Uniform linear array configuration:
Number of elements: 64
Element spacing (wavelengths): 0.75
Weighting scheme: kaiser
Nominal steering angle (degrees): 0
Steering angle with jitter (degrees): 0.05527
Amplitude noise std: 0.05
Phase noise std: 0.05

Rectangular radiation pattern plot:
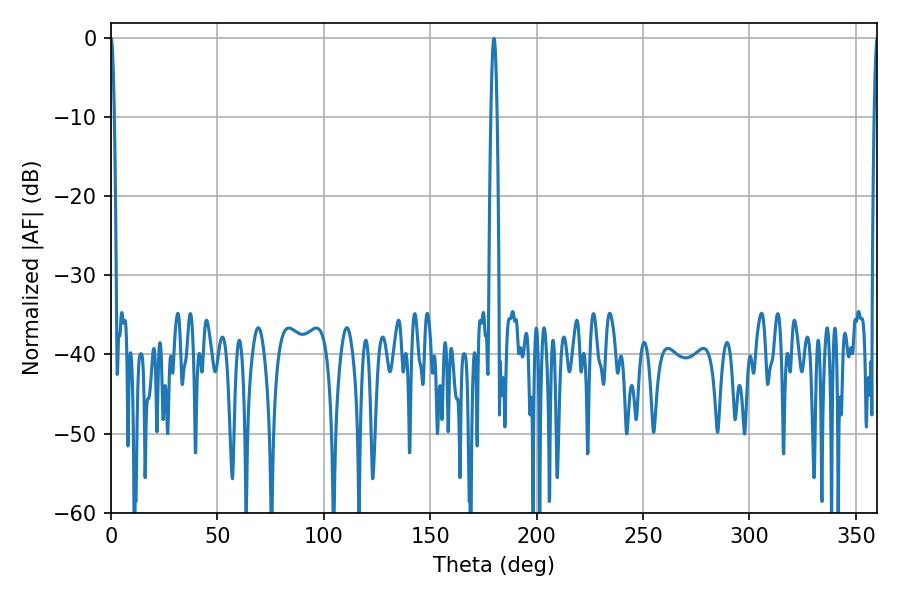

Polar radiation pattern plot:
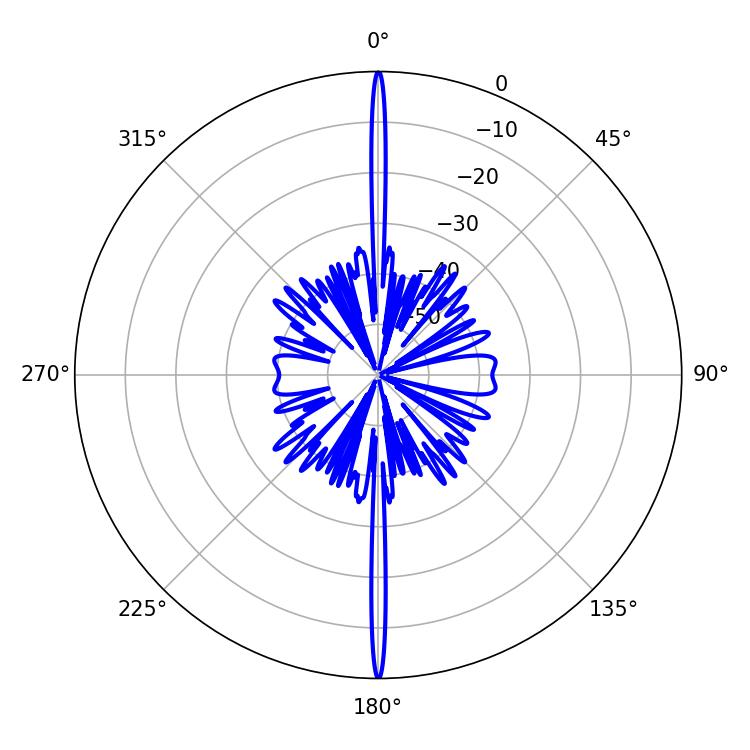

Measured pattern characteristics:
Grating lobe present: TRUE
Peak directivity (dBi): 43.568
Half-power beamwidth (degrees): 1.62
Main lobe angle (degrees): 180